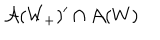
\mathcal { A } ( W _ { + } ) ^ { \prime } \cap \mathcal { A } ( W )